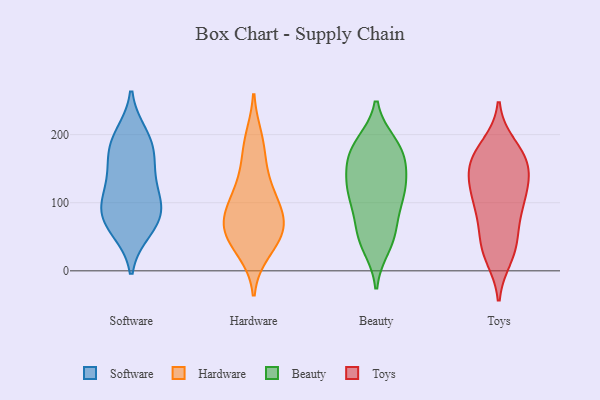
{"axis": {"x": "Net Income (USD K)", "y": "Value"}, "legend": ["Beauty", "Hardware", "Software", "Toys"], "data": [{"x": "", "y": 186, "type": "Software"}, {"x": "", "y": 121, "type": "Software"}, {"x": "", "y": 95, "type": "Software"}, {"x": "", "y": 90, "type": "Software"}, {"x": "", "y": 104, "type": "Software"}, {"x": "", "y": 60, "type": "Software"}, {"x": "", "y": 75, "type": "Software"}, {"x": "", "y": 187, "type": "Software"}, {"x": "", "y": 153, "type": "Software"}, {"x": "", "y": 153, "type": "Software"}, {"x": "", "y": 67, "type": "Software"}, {"x": "", "y": 199, "type": "Software"}, {"x": "", "y": 95, "type": "Hardware"}, {"x": "", "y": 87, "type": "Hardware"}, {"x": "", "y": 132, "type": "Hardware"}, {"x": "", "y": 47, "type": "Hardware"}, {"x": "", "y": 193, "type": "Hardware"}, {"x": "", "y": 70, "type": "Hardware"}, {"x": "", "y": 176, "type": "Hardware"}, {"x": "", "y": 76, "type": "Hardware"}, {"x": "", "y": 30, "type": "Hardware"}, {"x": "", "y": 53, "type": "Hardware"}, {"x": "", "y": 55, "type": "Hardware"}, {"x": "", "y": 120, "type": "Hardware"}, {"x": "", "y": 180, "type": "Beauty"}, {"x": "", "y": 151, "type": "Beauty"}, {"x": "", "y": 102, "type": "Beauty"}, {"x": "", "y": 67, "type": "Beauty"}, {"x": "", "y": 51, "type": "Beauty"}, {"x": "", "y": 50, "type": "Beauty"}, {"x": "", "y": 112, "type": "Beauty"}, {"x": "", "y": 123, "type": "Beauty"}, {"x": "", "y": 118, "type": "Beauty"}, {"x": "", "y": 173, "type": "Beauty"}, {"x": "", "y": 179, "type": "Beauty"}, {"x": "", "y": 37, "type": "Beauty"}, {"x": "", "y": 186, "type": "Beauty"}, {"x": "", "y": 157, "type": "Beauty"}, {"x": "", "y": 118, "type": "Beauty"}, {"x": "", "y": 21, "type": "Toys"}, {"x": "", "y": 157, "type": "Toys"}, {"x": "", "y": 111, "type": "Toys"}, {"x": "", "y": 183, "type": "Toys"}, {"x": "", "y": 101, "type": "Toys"}, {"x": "", "y": 138, "type": "Toys"}, {"x": "", "y": 125, "type": "Toys"}, {"x": "", "y": 29, "type": "Toys"}, {"x": "", "y": 165, "type": "Toys"}, {"x": "", "y": 112, "type": "Toys"}, {"x": "", "y": 78, "type": "Toys"}, {"x": "", "y": 40, "type": "Toys"}, {"x": "", "y": 83, "type": "Toys"}, {"x": "", "y": 40, "type": "Toys"}, {"x": "", "y": 174, "type": "Toys"}, {"x": "", "y": 160, "type": "Toys"}, {"x": "", "y": 151, "type": "Toys"}]}